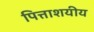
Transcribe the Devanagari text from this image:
पित्ताशयीय